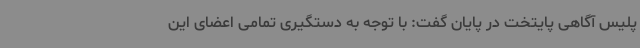
پلیس آگاهی پایتخت در پایان گفت: با توجه به دستگیری تمامی اعضای این